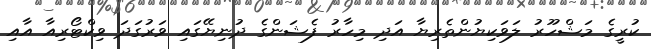
ކުރީގެ މަޝްހޫރު ލަވަކިޔުންތެރިޔާ އަދި މިހާރު ފެޝަންގެ ދުނިޔޭގައި ވަރުގަދަ ވިކްޓޯރިއާ އާއި